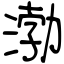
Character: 渤